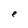
Character: e